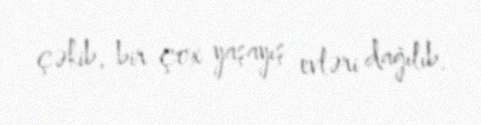
çəkib, bir çox yaşayış evləri dağılıb.